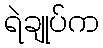
ရဲချုပ်က